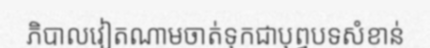
ភិបាលវៀតណាមចាត់ទុកជាបុព្វបទសំខាន់